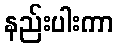
နည်းပါးကာ